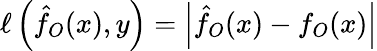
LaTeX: \ell\left(\hat{f}_{O}(x),y\right)=\left|\hat{f}_{O}(x)-f_{O}(x)\right|